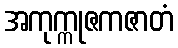
အကုက္ကုဇကဇာတံ